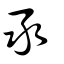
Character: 氶